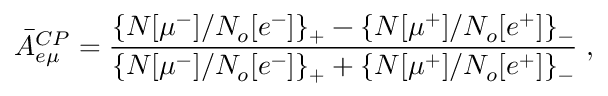
{ \bar { A } } _ { e \mu } ^ { C P } = \frac { \large \{ { N [ \mu ^ { - } ] } / { N _ { o } [ e ^ { - } ] } \large \} _ { + } - \large \{ N [ \mu ^ { + } ] / N _ { o } [ e ^ { + } ] \large \} _ { - } } { \large \{ N [ \mu ^ { - } ] / N _ { o } [ e ^ { - } ] \large \} _ { + } + \large \{ N [ \mu ^ { + } ] / N _ { o } [ e ^ { + } ] \large \} _ { - } } \; ,